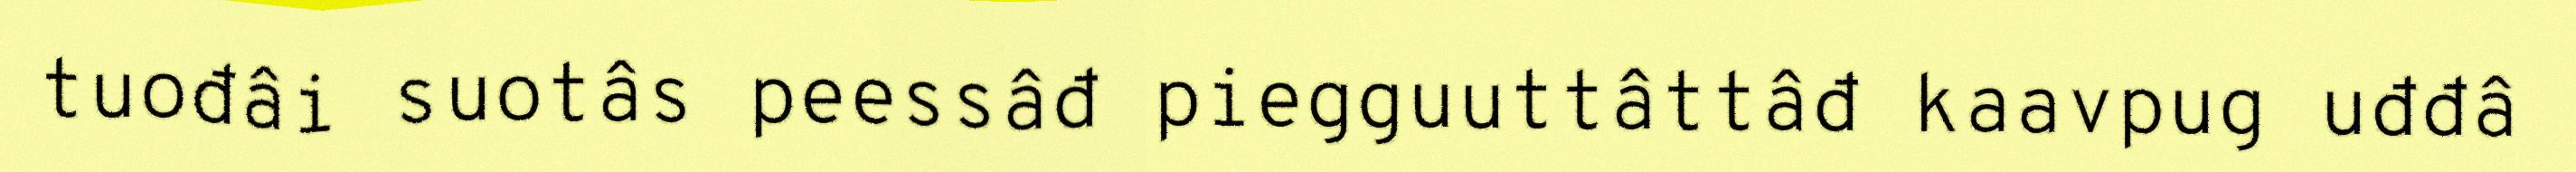
tuođâi suotâs peessâđ piegguuttâttâđ kaavpug uđđâ